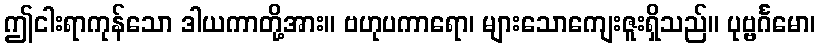
ဤငါးရာကုန်သော ဒါယကာတို့အား။ ဗဟုပကာရော၊ များသောကျေးဇူးရှိသည်။ ပုဗ္ဗင်္ဂမော၊